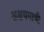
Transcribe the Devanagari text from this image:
अक्षयगाणी